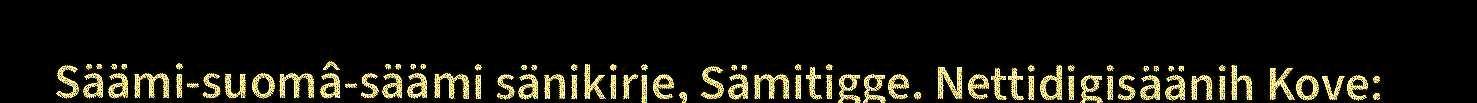
Säämi-suomâ-säämi sänikirje, Sämitigge. Nettidigisäänih Kove: